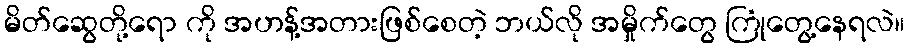
မိတ်ဆွေတို့ရော ကို အဟန့်အတားဖြစ်စေတဲ့ ဘယ်လို အမှိုက်တွေ ကြုံတွေ့နေရလဲ။